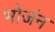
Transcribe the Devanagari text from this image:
भोजंन